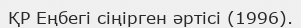
ҚР Еңбегі сіңірген әртісі (1996).